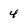
Character: 4